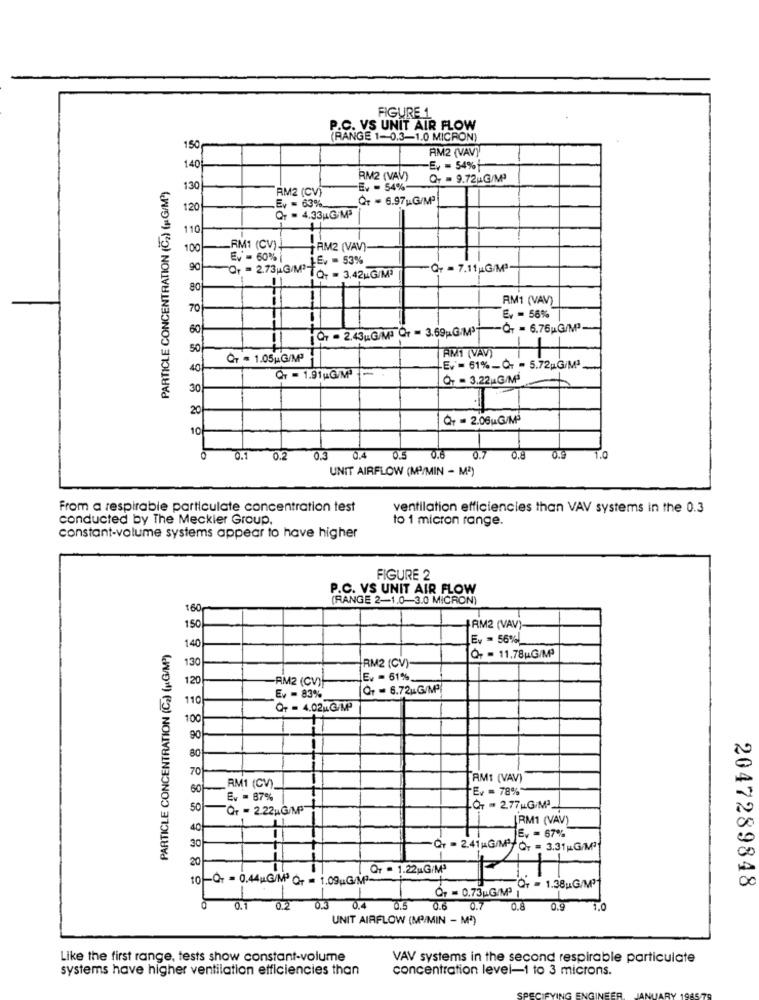
FIGURE 1
P.C. VS UNIT AIR FLOW
(RANGE 1-0.3-1.0 MICRON)
150
RM2 (VAV)
140
Ev = 54%
PARTICLE CONCENTRATION (Cz) (1 G/M3)
RM2 (VAV)
QT = 9.72 G/Mª
130
RM2 (CV)
Ev - 54%
QT = 6.97 G/M3
120
Ev = 63%
QT = 4.33 G/M3
110
100
AM1 (CV)
RM2 (VAV)
EV -60%
LEv = 53%
90
"Or = 7.11 G/M3-
Qr = 273MG/M3 To. = 3.42MG/M3
80
RM1 (VAV)
70
E. = 56%
60
Q7 - 2,43( G/M) Or = 3.69G/M3
-Q+ = 6.76u.G/MP3
50
AM1 (VAV)
QT = 1.05 G/MPª
40
Ev = 61%_Q- - 5.72p.G/M3
Q7 - 1.91 G/M
Q7 - 3.22 G/M3
30
20
Qr = 2.06uG/Mª
10
1.0
0.1
0.2
0.3
0.4
0.5
0.8
0.7
0.8
0.9
UNIT AIRFLOW (M/MIN - M2)
From a respirable particulate concentration test
ventilation efficiencies than VAV systems in the 0.3
conducted by The Meckler Group.
to 1 micron range.
constant-volume systems appear to have higher
FIGURE 2
P.C. VS UNIT AIR FLOW
(RANGE 2-1.0-3.0 MICRON)
160
150
RM2 (VAV)
Ev = 56%
PARTICLE CONCENTRATION (Ca) (KG/MP")
140
RM2 (CV)-
Q+ = 11.78 G/Mª
130
120
AM2 (CV)
Ev - 61% __
Or = 6.72MG/Mª
110
Ev = 83%
Q+ = 4.02MG/MP
100
90
80
-+-
70
AM1 (VAV)
60
AM1 (CV)
Ev = 78%
Ev = 87%
50
Qr = 2.22 G/MP3
QT = 2.77 MG/Mª
LRM1 (VAV)
JEv = 67%
30
Of = 2.41KG/MQ- = 3.31 G/Mª
20
Qr = 1.22 G/Mª
0 Q = 0.44 G/M3 Or = 1.09 G/Mª-
2047289848
Qr = 0.73L.G/M'
Or = 1.38u.G/MP'
0.2
0.3
0.4
0.5
0.7
0.8
0.9
1.0
UNIT AIRFLOW (MP/MIN - M2)
Like the first range, tests show constant-volume
VAV systems in the second respirable particulate
systems have higher ventilation efficiencies than
concentration level-1 to 3 microns.